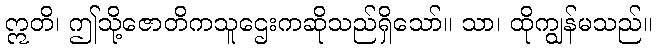
ဣတိ၊ ဤသို့ဇောတိကသူဌေးကဆိုသည်ရှိသော်။ သာ၊ ထိုကျွန်မသည်။